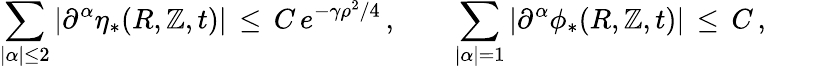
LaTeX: \sum_{|\alpha|\le2}|\partial^{\alpha}\eta_{*}(R,\mathbb{Z},t)|\, \le\, C\, e^{-\gamma\rho^{2}/4}\, ,\qquad\sum_{|\alpha|=1}|\partial^{\alpha}\phi_{*}(R,\mathbb{Z},t)|\, \le\, C\, ,\qquad